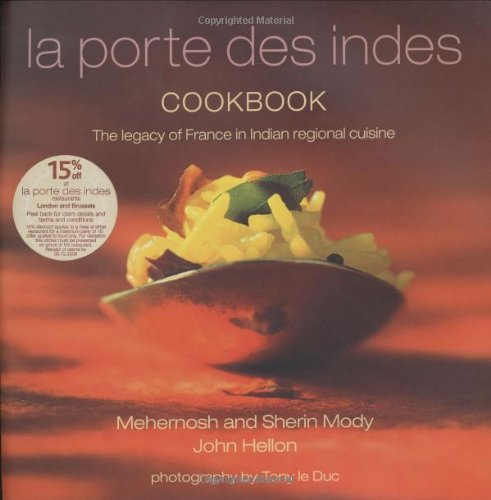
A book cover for La Porte Des Indes Cookbook; Mehernosh Mody; Cookbooks, Food & Wine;